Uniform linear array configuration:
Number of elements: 24
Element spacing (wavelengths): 0.5
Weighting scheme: cosine
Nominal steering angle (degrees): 45
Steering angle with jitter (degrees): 45.753
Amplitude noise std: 0.05
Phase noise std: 0.05

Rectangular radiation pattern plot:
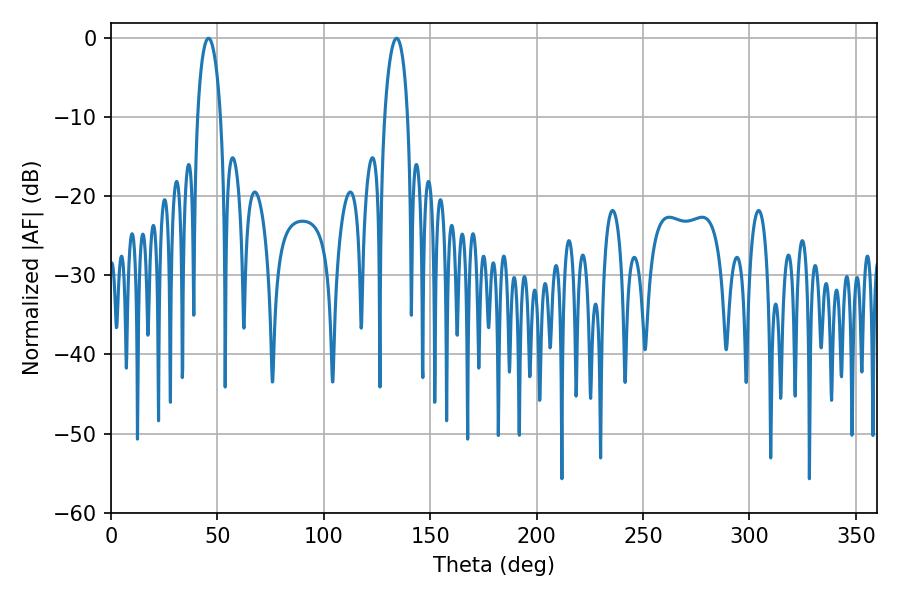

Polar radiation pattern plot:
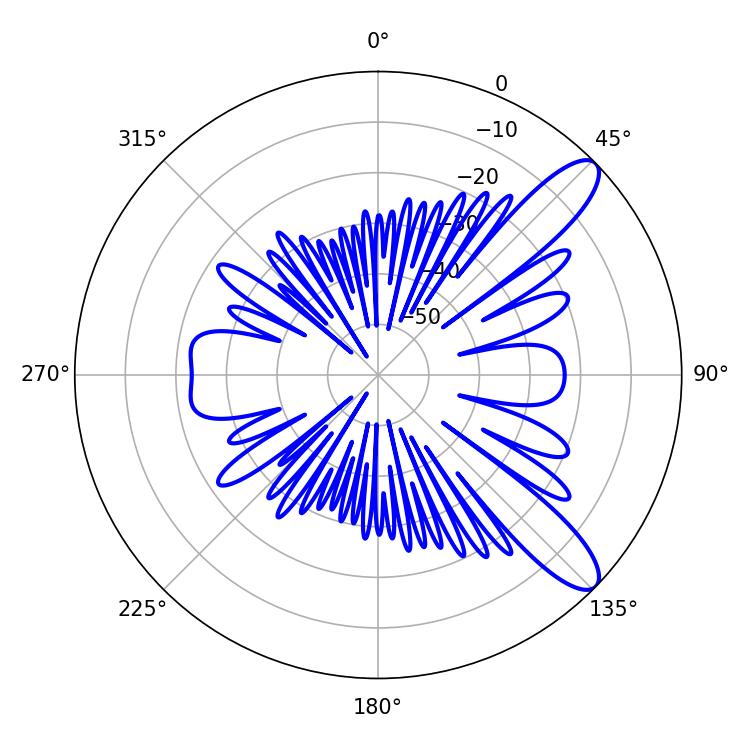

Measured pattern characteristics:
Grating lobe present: FALSE
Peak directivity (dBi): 10.719
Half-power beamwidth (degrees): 6.12
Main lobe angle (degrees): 45.72